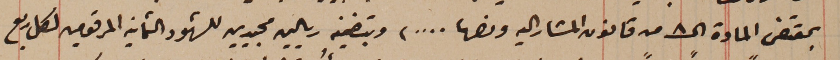
بمقتضى المادة الـ ٨ من قانون المشار اليه ونصها ....) وبتضمين ريالين مجيدين للشهود والثمانيه المرقومين لكل ربع